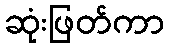
ဆုံးဖြတ်ကာ